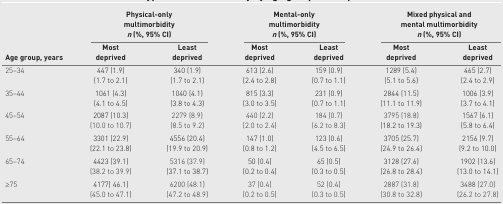
<table><thead><tr><td rowspan="2"><b>Age group, years</b></td><td colspan="2"><b>Physical-only multimorbidity <i>n</i> (%, 95% CI)</b></td><td colspan="2"><b>Mental-only multimorbidity <i>n</i> (%, 95% CI)</b></td><td colspan="2"><b>Mixed physical and mental multimorbidity <i>n</i> (%, 95% CI)</b></td></tr><tr><td><b>Most deprived</b></td><td><b>Least deprived</b></td><td><b>Most deprived</b></td><td><b>Least deprived</b></td><td><b>Most deprived</b></td><td><b>Least deprived</b></td></tr></thead><tbody><tr><td>25–34</td><td>447 (1.9)</td><td>340 (1.9)</td><td>613 (2.6)</td><td>159 (0.9)</td><td>1289 (5.4)</td><td>465 (2.7)</td></tr><tr><td></td><td>(1.7 to 2.1)</td><td>(1.7 to 2.1)</td><td>(2.4 to 2.8)</td><td>(0.7 to 1.1)</td><td>(5.1 to 5.6)</td><td>(2.4 to 2.9)</td></tr><tr><td>35–44</td><td>1061 (4.3)</td><td>1040 (4.1)</td><td>815 (3.3)</td><td>231 (0.9)</td><td>2844 (11.5)</td><td>1006 (3.9)</td></tr><tr><td></td><td>(4.1 to 4.5)</td><td>(3.8 to 4.3)</td><td>(3.0 to 3.5)</td><td>(0.7 to 1.1)</td><td>(11.1 to 11.9)</td><td>(3.7 to 4.1)</td></tr><tr><td>45–54</td><td>2087 (10.3)</td><td>2279 (8.9)</td><td>440 (2.2)</td><td>184 (0.7)</td><td>3795 (18.8)</td><td>1567 (6.1)</td></tr><tr><td></td><td>(10.0 to 10.7)</td><td>(8.5 to 9.2)</td><td>(2.0 to 2.4)</td><td>(6.2 to 8.3)</td><td>(18.2 to 19.3)</td><td>(5.8 to 6.4)</td></tr><tr><td>55–64</td><td>3301 (22.9)</td><td>4556 (20.4)</td><td>147 (1.0)</td><td>123 (0.6)</td><td>3705 (25.7)</td><td>2156 (9.7)</td></tr><tr><td></td><td>(22.1 to 23.8)</td><td>(19.9 to 20.9)</td><td>(0.8 to 1.2)</td><td>(4.5 to 6.5)</td><td>(24.9 to 26.4)</td><td>(9.2 to 10.0)</td></tr><tr><td>65–74</td><td>4423 (39.1)</td><td>5316 (37.9)</td><td>50 (0.4)</td><td>65 (0.5)</td><td>3128 (27.6)</td><td>1902 (13.6)</td></tr><tr><td></td><td>(38.2 to 39.9)</td><td>(37.1 to 38.7)</td><td>(0.2 to 0.4)</td><td>(0.3 to 0.5)</td><td>(26.8 to 28.4)</td><td>(13.0 to 14.1)</td></tr><tr><td>≥75</td><td>4177(46.1)</td><td>6200 (48.1)</td><td>37 (0.4)</td><td>52 (0.4)</td><td>2887 (31.8)</td><td>3488 (27.0)</td></tr><tr><td></td><td>(45.0 to 47.1)</td><td>(47.2 to 48.9)</td><td>(0.2 to 0.5)</td><td>(0.3 to 0.5)</td><td>(30.8 to 32.8)</td><td>(26.2 to 27.8)</td></tr></tbody></table>